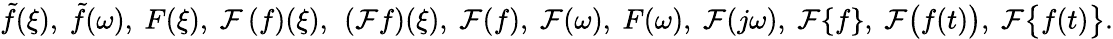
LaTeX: {\tilde{f}}(\xi),\ {\tilde{f}}(\omega),\ F(\xi),\ {\mathcal{F}}\left(f\right)(\xi),\ \left({\mathcal{F}}f\right)(\xi),\ {\mathcal{F}}(f),\ {\mathcal{F}}(\omega),\ F(\omega),\ {\mathcal{F}}(j\omega),\ {\mathcal{F}}\{ f\} ,\ {\mathcal{F}}{\bigl(}f(t){\bigr)},\ {\mathcal{F}}{\bigl\{ }f(t){\bigr\} }.